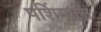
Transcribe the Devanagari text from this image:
पर्शियाला